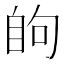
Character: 𮍘